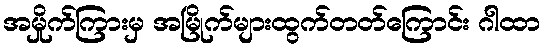
အမှိုက်ကြားမှ အမြိုက်များထွက်တတ်ကြောင်း ဂါထာ